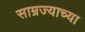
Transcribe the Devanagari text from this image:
साम्रज्याच्या